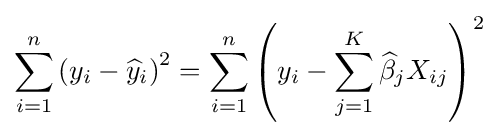
\sum _{i=1}^{n}\left(y_{i}-{\widehat {y}}_{i}\right)^{2}=\sum _{i=1}^{n}\left(y_{i}-\sum _{j=1}^{K}{\widehat {\beta }}_{j}X_{ij}\right)^{2}